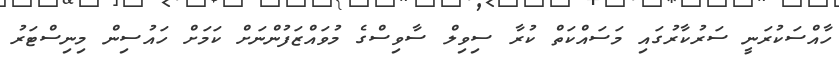
ހާއްސަކުރަނީ ސަރުކާރުގައި މަސައްކަތް ކުރާ ސިވިލް ސާވިސްގެ މުވައްޒަފުންނަށް ކަމަށް ހައުސިން މިނިސްޓަރު